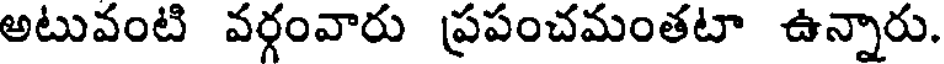
అటువంటి వర్గంవారు ప్రపంచమంతటా ఉన్నారు.